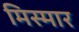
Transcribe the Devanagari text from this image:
मिस्मार